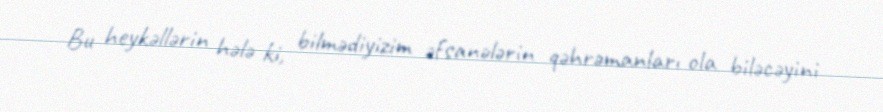
Bu heykəllərin hələ ki, bilmədiyizim əfsanələrin qəhrəmanları ola biləcəyini